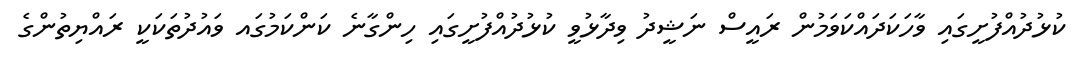
ކުޅުދުއްފުށީގައި ވާހަކަދައްކަވަމުން ރައީސް ނަޝީދު ވިދާޅުވީ ކުޅުދުއްފުށީގައި ހިންގާނެ ކަންކަމުގައ ވައުދުތަކަކީ ރައްޔިތުންގެ